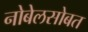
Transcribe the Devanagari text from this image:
नोबेलसोबत